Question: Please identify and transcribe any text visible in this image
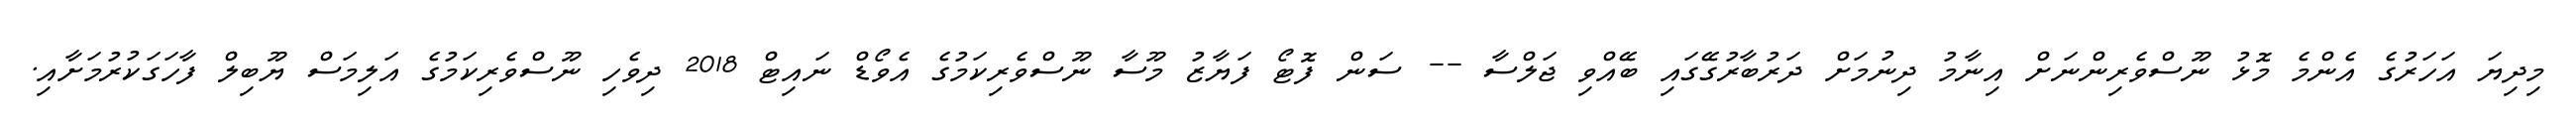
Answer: މިދިޔަ އަހަރުގެ އެންމެ މޮޅު ނޫސްވެރިންނަށް އިނާމު ދިނުމަށް ދަރުބާރުގޭގައި ބޭއްވި ޖަލްސާ -- ސަން ފޮޓޯ ފަޔާޒު މޫސާ ނޫސްވެރިކަމުގެ އެވޯޑް ނައިޓް 2018 ދިވެހި ނޫސްވެރިކަމުގެ އަލިމަސް ޔޫބިލް ފާހަގަކުރުމަށާއި.